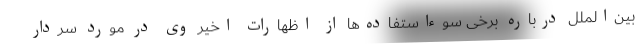
بین‌الملل درباره برخی سوءاستفاده‌ها از اظهارات اخیر وی در مورد سردار